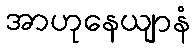
အာဟုနေယျာနံ